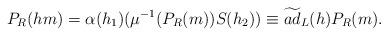
LaTeX: \begin{align*} P_R(hm)=\alpha(h_1)(\mu^{-1}(P_R(m))S(h_2))\equiv\widetilde{ad}_L(h)P_R(m).\end{align*}